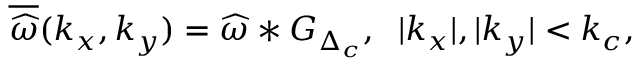
\overline { { \widehat { \omega } } } ( k _ { x } , k _ { y } ) = \widehat { \omega } \ast G _ { \Delta _ { c } } , \; \; | k _ { x } | , | k _ { y } | < k _ { c } ,